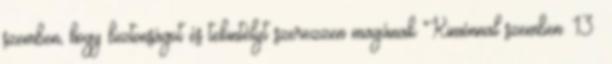
szemben, hogy biztonságot és tekintélyt szerezzen magának Kimónnal szemben. 13